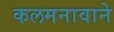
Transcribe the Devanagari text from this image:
कलमनावाने